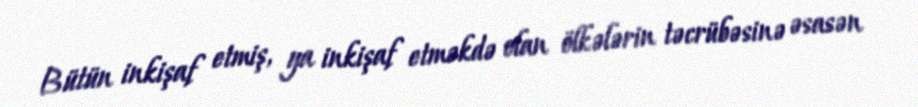
Bütün inkişaf etmiş, ya inkişaf etməkdə olan ölkələrin təcrübəsinə əsasən